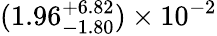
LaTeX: (1.96_{-1.80}^{+6.82})\times 10^{-2}